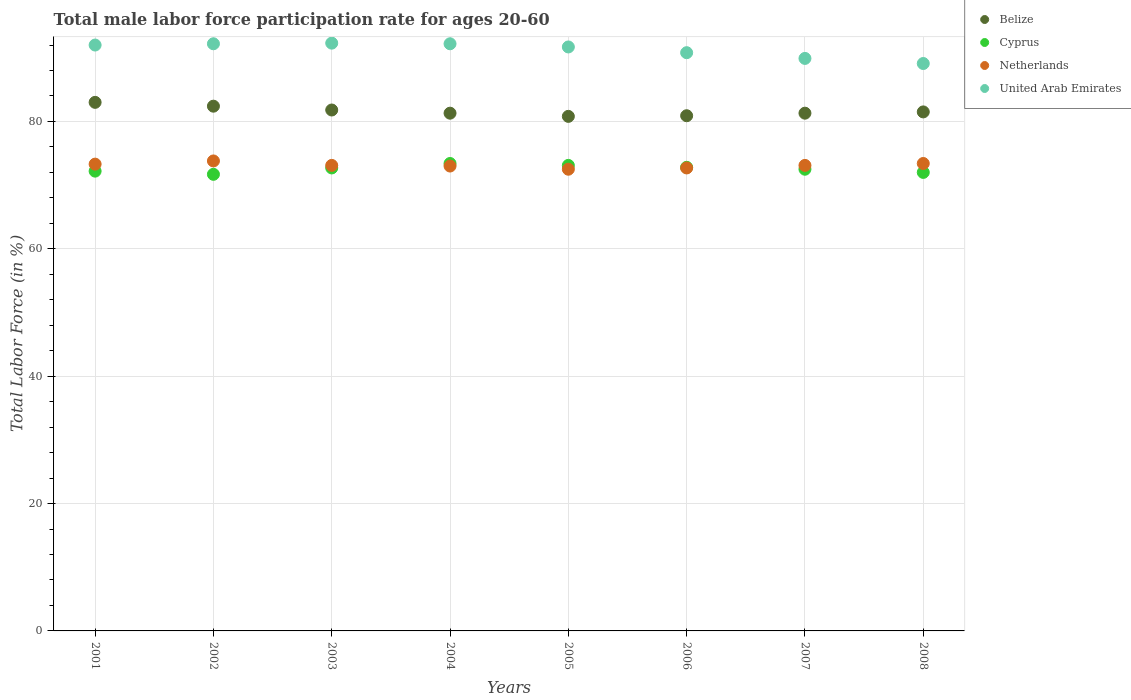
| Years | Belize | Cyprus | Netherlands | United Arab Emirates |
 | --- | --- | --- | --- | --- |
 | 2001 | 83 | 72.2 | 73.3 | 92 |
 | 2002 | 82.4 | 71.7 | 73.8 | 92.2 |
 | 2003 | 81.8 | 72.7 | 73.1 | 92.3 |
 | 2004 | 81.3 | 73.4 | 73 | 92.2 |
 | 2005 | 80.8 | 73.1 | 72.5 | 91.7 |
 | 2006 | 80.9 | 72.8 | 72.7 | 90.8 |
 | 2007 | 81.3 | 72.5 | 73.1 | 89.9 |
 | 2008 | 81.5 | 72 | 73.4 | 89.1 |